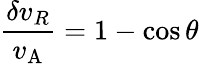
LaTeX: {\frac{\delta{v_{R}}}{v_{\mathrm{A}}}}=1-\cos\theta